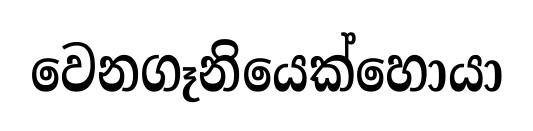
වෙනගෑනියෙක්හොයා